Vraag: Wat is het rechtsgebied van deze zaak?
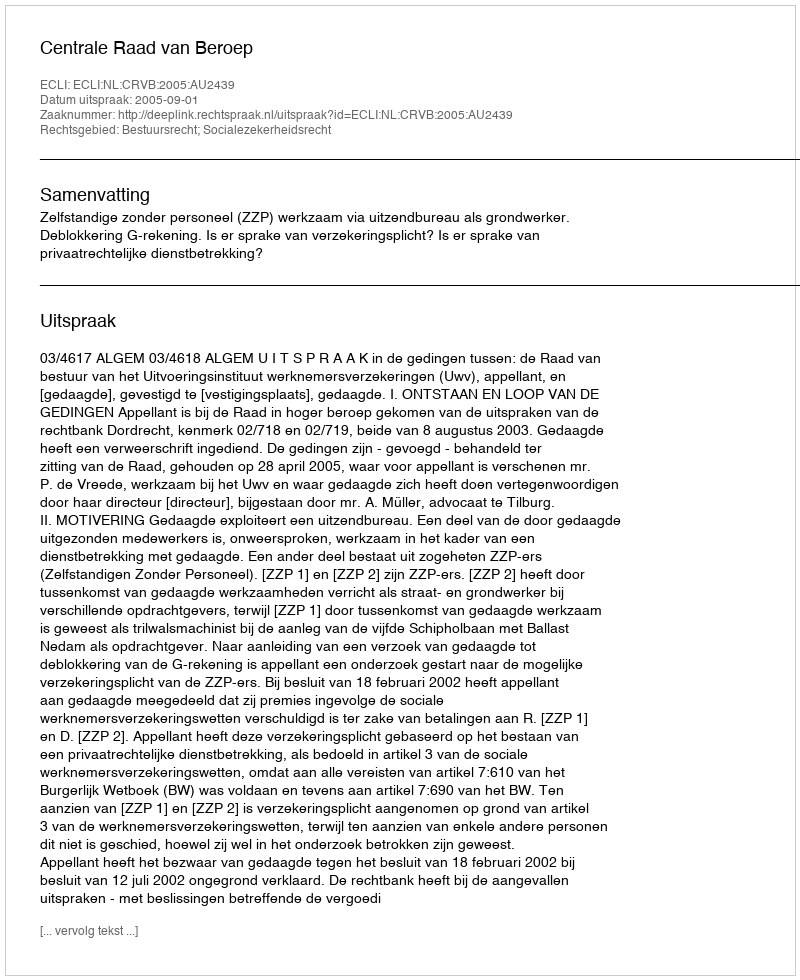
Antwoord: Bestuursrecht; Socialezekerheidsrecht